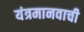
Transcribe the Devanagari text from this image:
यंत्रमानवाची